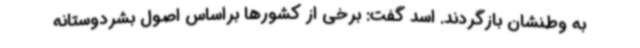
به وطنشان بازگردند. اسد گفت: برخی از کشورها براساس اصول بشردوستانه